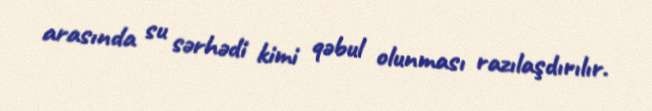
arasında su sərhədi kimi qəbul olunması razılaşdırılır.